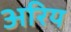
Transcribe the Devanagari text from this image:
अरिय